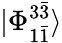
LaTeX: |\Phi_{1\bar{1}}^{3\bar{3}}\rangle